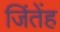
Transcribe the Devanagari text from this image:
जिंतेंह